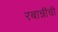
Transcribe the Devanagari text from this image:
रबान्नींची